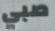
صبي